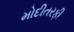
મોદીતરફી